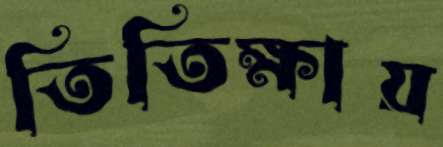
তিতিক্ষায়